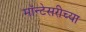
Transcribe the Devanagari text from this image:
मॉन्टेसरीच्या